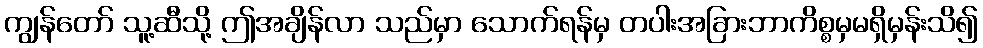
ကျွန်တော် သူ့ဆီသို့ ဤအချိန်လာ သည်မှာ သောက်ရန်မှ တပါးအခြားဘာကိစ္စမှမရှိမှန်းသိ၍